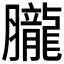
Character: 𦢫